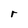
Character: r